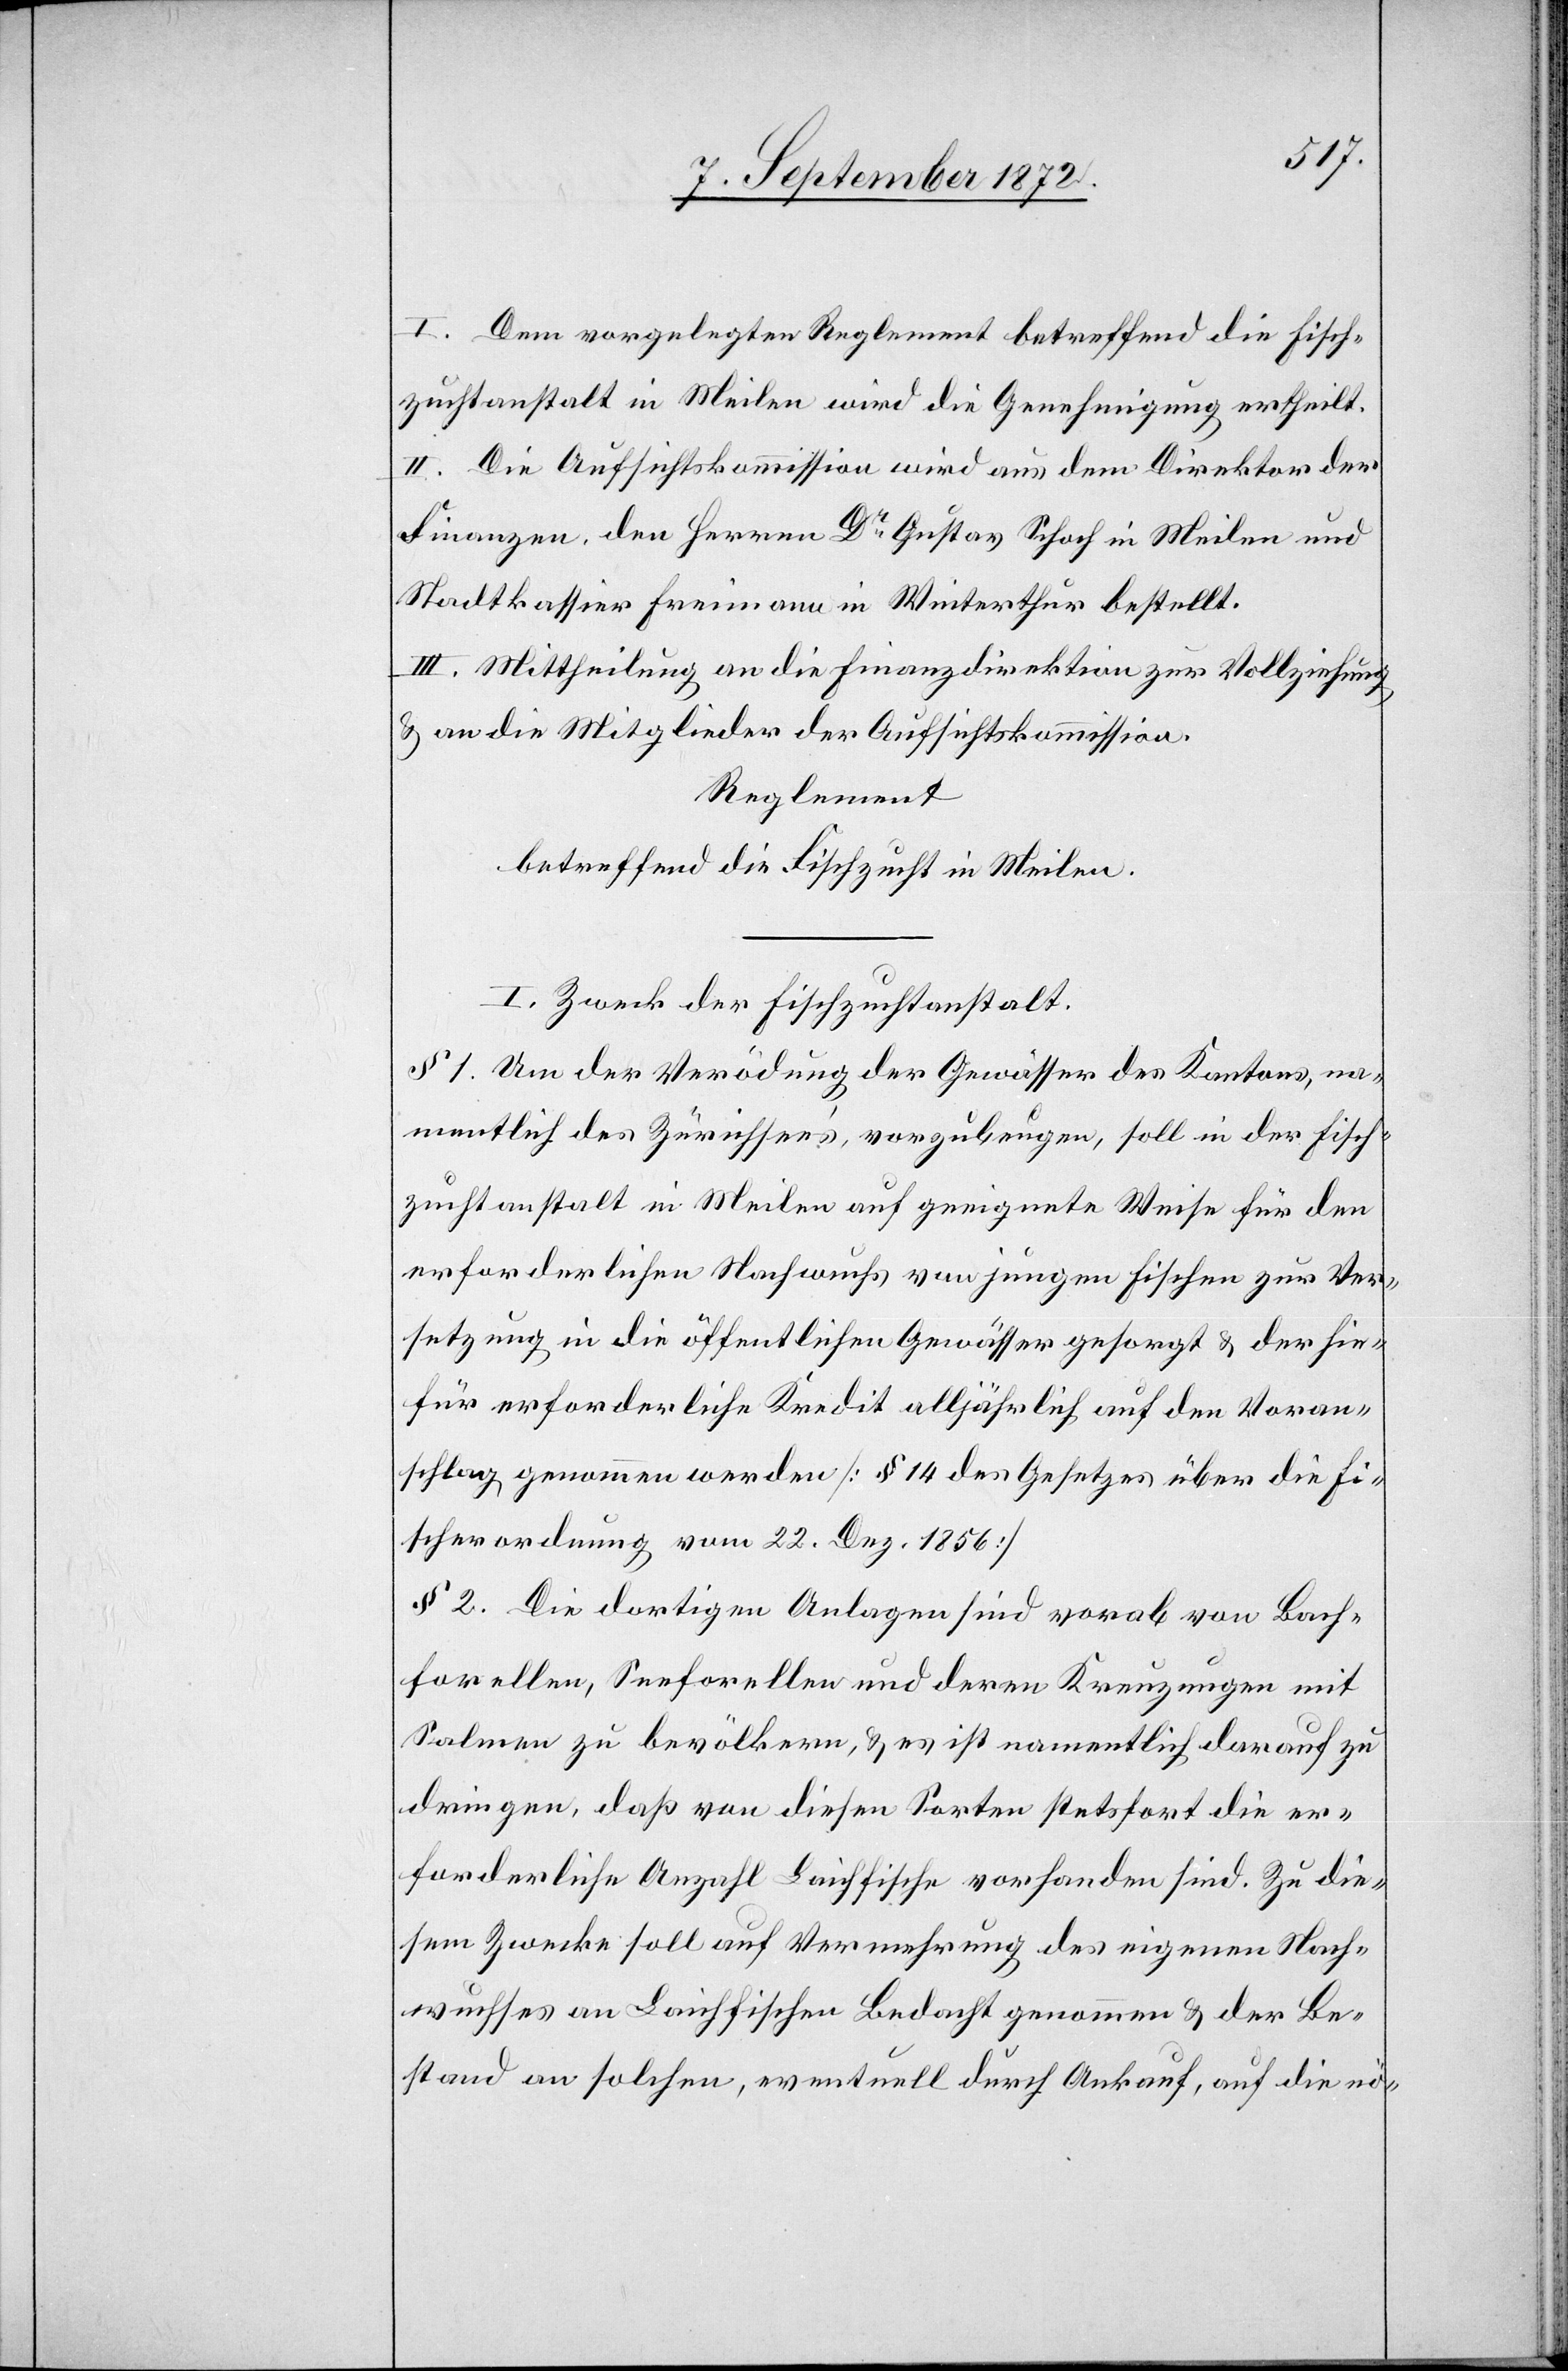
I. Dem vorgelegten Reglement betreffend die Fisch¬
zuchtanstalt in Meilen wird die Genehmigung ertheilt.
II. Die Aufsichtskommission wird aus dem Direktor der
Finanzen, den Herren Dr Gustav Schoch in Meilen und
Stadtkassier Freimann in Winterthur bestellt.
III. Mittheilung an die Finanzdirektion zur Vollziehung
u. an die Mitglieder der Aufsichtskommission.
Reglement
betreffend die Fischzucht in Meilen.
I. Zweck der Fischzuchtanstalt.
§ 1. Um der Verödung der Gewässer des Kantons, na¬
mentlich des Zürichsee’s vorzubeugen, soll in der Fisch¬
zuchtanstalt in Meilen auf geeignete Weise für den
erforderlichen Nachwuchs von jungen Fischen zur Ver¬
setzung in die öffentlichen Gewässer gesorgt u. der hie¬
für erforderliche Kredit alljährlich auf den Voran¬
schlag genommen werden [§ 14 des Gesetzes über die Fi¬
scherordnung vom 22. Dez. 1856]
§ 2. Die dortige Anlagen sind vorab von Bach¬
forellen, Seeforellen und deren Kreuzungen mit
Salmen zu bevölkern, u. es ist namentlich darauf zu
dringen, daß von diesen Sorten stetsfort die er¬
forderliche Anzahl Laichfische vorhanden sind. Zu die¬
sem Zwecke soll auf Vermehrung des eigenen Nach¬
wuchses an Laichfischen Bedacht genommen u. der Be¬
stand an solchen, eventuell durch Ankauf, auf die nö-